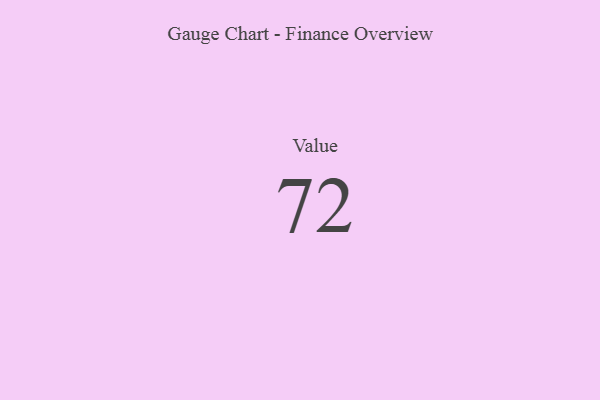
{"axis": {"x": "Metric", "y": "Value"}, "legend": [""], "data": [{"x": "Value", "y": 72, "type": ""}]}